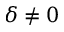
\delta \ne 0